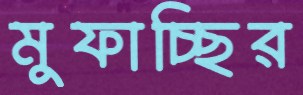
মুফাচ্ছির